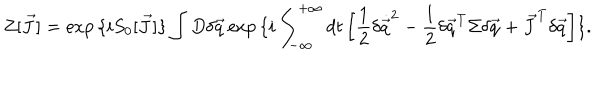
LaTeX: Z [ \vec { J } ] = \exp { \{ i S _ { 0 } [ \vec { J } ] \} } \int D \delta \vec { q } \exp { \{ i \int _ { - \infty } ^ { + \infty } d t \left[ \frac { 1 } { 2 } \delta \dot { \vec { q } } ^ { 2 } - \frac { 1 } { 2 } \delta \vec { q } ^ { T } \Sigma \delta \vec { q } + \vec { J } ^ { T } \delta \vec { q } \right] \} } .